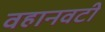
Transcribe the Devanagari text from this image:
वहानवटी